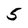
Character: 5